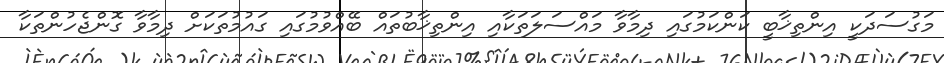
މަގުސަދަކީ އިންތިޚާބީ ކަންކަމުގައި ދިމާވާ މައްސަލަތަކާއި އިންތިޚާބުތައް ބޭއްވުމުގައި ގައުމުތަކަށް ދިމާވާ ގޮންޖެހުންތަކާ